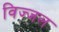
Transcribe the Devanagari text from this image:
विज्जल